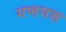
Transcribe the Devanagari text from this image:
गणगस